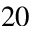
2 0